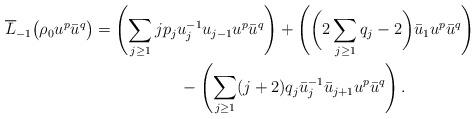
LaTeX: \begin{gather*}\overline{L}_{-1}\big(\rho_0u^p\bar{u}^q\big)=\left(\sum\limits_{j\ge1}jp_ju_j^{-1}u_{j-1}u^p\bar{u}^q\right)+\left(\bigg(2\sum\limits_{j\ge1}q_j-2\bigg)\bar{u}_1u^p\bar{u}^q\right)\\\hphantom{\overline{L}_{-1}\big(\rho_0u^p\bar{u}^q\big)=}{}-\left(\sum\limits_{j\ge1}(j+2)q_j\bar{u}_j^{-1}\bar{u}_{j+1}u^p\bar{u}^q\right).\end{gather*}